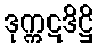
ဒုက္ကဋဒိဋ္ဌိ